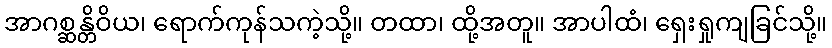
အာဂစ္ဆန္တိဝိယ၊ ရောက်ကုန်သကဲ့သို့။ တထာ၊ ထို့အတူ။ အာပါထံ၊ ရှေးရှုကျခြင်သို့။